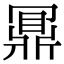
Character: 𪔃